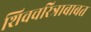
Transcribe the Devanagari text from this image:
शिवचरित्राबाबत